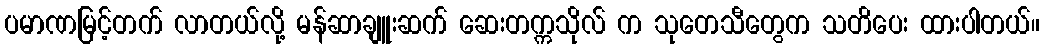
ပမာဏမြင့်တက် လာတယ်လို့ မန်ဆာချူးဆက် ဆေးတက္ကသိုလ် က သုတေသီတွေက သတိပေး ထားပါတယ်။